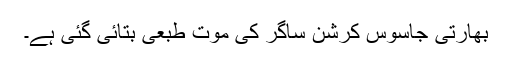
بھارتی جاسوس کرشن ساگر کی موت طبعی بتائی گئی ہے۔